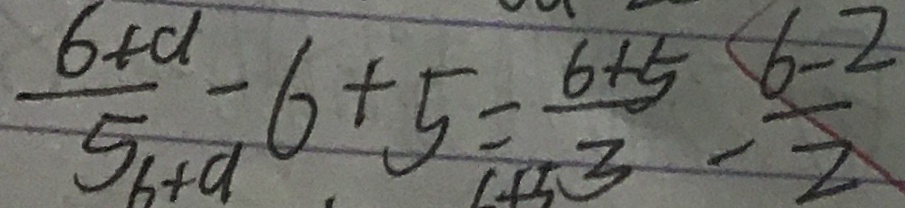
\frac { 6 + d } { 5 } - 6 + 5 = \frac { 6 + 5 } { 3 } - \frac { 6 - 2 } { 2 }